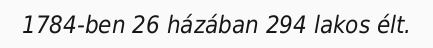
1784-ben 26 házában 294 lakos élt.